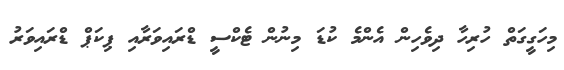
މިހަގީގަތް ހުރިހާ ދިވެހިން އެންމެ ކުޑަ މިނުން ޓެކްސީ ޑްރައިވަރާއި ޕިކަޕް ޑްރައިވަރު